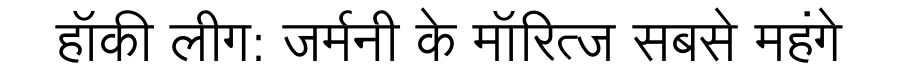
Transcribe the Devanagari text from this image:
हॉकी लीग: जर्मनी के मॉरित्ज सबसे महंगे